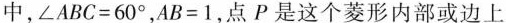
中，$$∠ A B C = 6 0 °$$，$$A B = 1$$，点P是这个菱形内部或边上